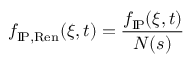
f _ { \mathrm { I \! P , R e n } } ( \xi , t ) = \frac { f _ { \mathrm { I \! P } } ( \xi , t ) } { N ( s ) }